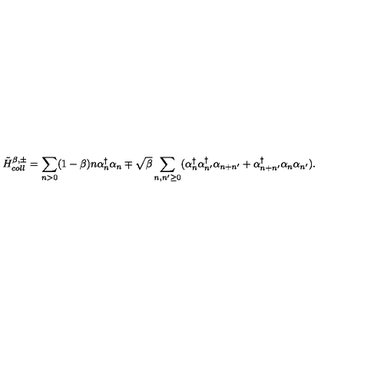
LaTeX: { \tilde { H } } _ { c o l l } ^ { \beta , \pm } = \sum _ { n > 0 } ( 1 - \beta ) n \alpha _ { n } ^ { \dagger } \alpha _ { n } \mp \sqrt { \beta } \sum _ { n , n ^ { \prime } \geq 0 } ( \alpha _ { n } ^ { \dagger } \alpha _ { n ^ { \prime } } ^ { \dagger } \alpha _ { n + n ^ { \prime } } + \alpha _ { n + n ^ { \prime } } ^ { \dagger } \alpha _ { n } \alpha _ { n ^ { \prime } } ) .